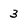
Character: 3